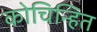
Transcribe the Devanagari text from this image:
कोचिन्हित